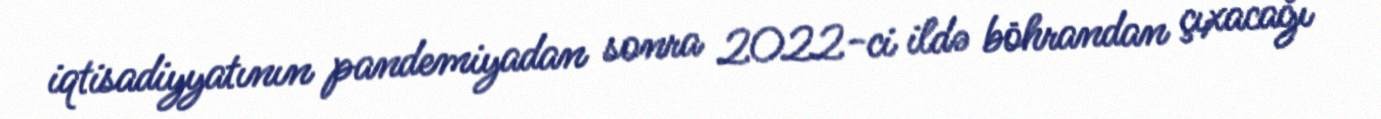
iqtisadiyyatının pandemiyadan sonra 2022-ci ildə böhrandan çıxacağı